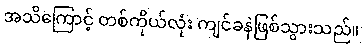
အသိကြောင့် တစ်ကိုယ်လုံး ကျင်ခနဲဖြစ်သွားသည်။